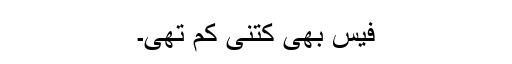
فیس بھی کتنی کم تھی۔